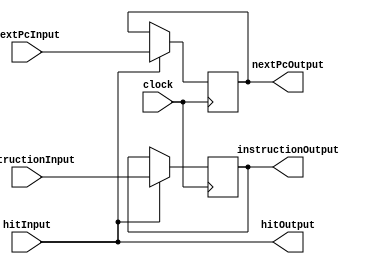
`timescale 1ns / 1ps

module IFID(clock, nextPcInput, instructionInput, hitInput, nextPcOutput, instructionOutput, hitOutput);


	input hitInput;
	input clock;
	input [31:0] instructionInput;
	input [31:0] nextPcInput;
	
	output reg [31:0] nextPcOutput = 0;
	output reg [31:0] instructionOutput = 0;
	output hitOutput;
	
	always @(negedge clock )
	begin
			if(hitInput)
			begin
				instructionOutput = instructionInput;
				nextPcOutput = nextPcInput;
			end
	end
	
	assign hitOutput = hitInput;


endmodule